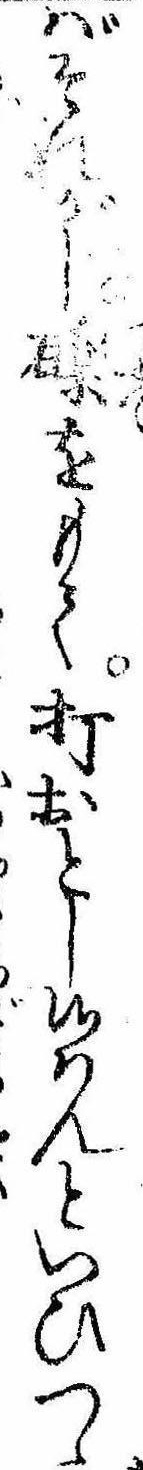
ばそれがし礫をもて打おとし候はんといひつゝ